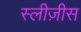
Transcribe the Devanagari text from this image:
स्लीज़ीस